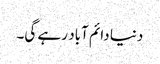
دنیا دائم آباد رہے گی۔